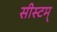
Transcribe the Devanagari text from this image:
सीस्टम्